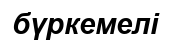
бүркемелі